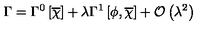
\Gamma = \Gamma ^ { 0 } \left[ \overline { { \chi } } \right] + \lambda \Gamma ^ { 1 } \left[ \phi , \overline { { \chi } } \right] + { \mathcal O } \left( \lambda ^ { 2 } \right)